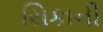
સિકાની